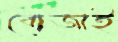
বোজাই